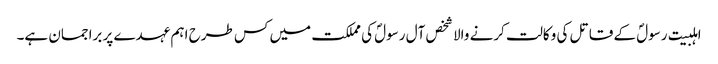
اہلبیت رسولؐ کے قاتل کی وکالت کرنے والا شخص آل رسولؐ کی مملکت میں کس طرح اہم عہدے پر براجمان ہے۔